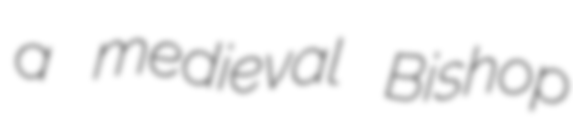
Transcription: a medieval Bishop